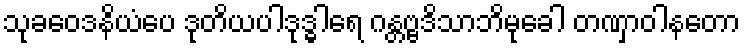
သုခဝေဒနိယံပေ ဒုတိယပါဒုဒ္ဓါရေ ဂန္တဗ္ဗဒိသာဘိမုခေါ တဏှာဝါနတော